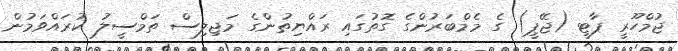
ޖުމްހޫރީ ޕާޓީ (ޖޭޕީ) ގެ މެމްބަރުންގެ ގޮތުގައި ރައްޔިތުންގެ މަޖިލިސް ތަމްސީލު ކުރައްވަމުން